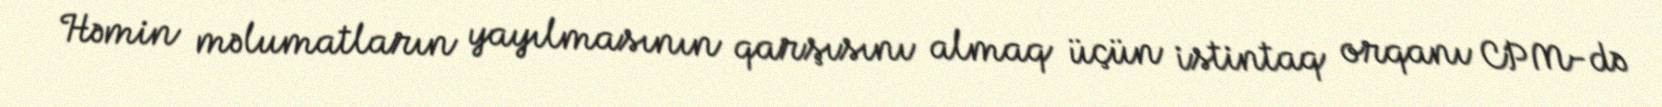
Həmin məlumatların yayılmasının qarşısını almaq üçün istintaq orqanı CPM-də